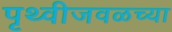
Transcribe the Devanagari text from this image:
पृथ्वीजवळच्या